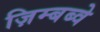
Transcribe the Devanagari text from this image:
ज़िम्बब्वे